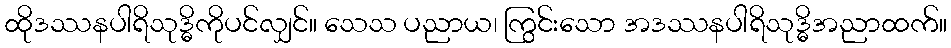
ထိုဒဿနပါရိသုဒ္ဓိကိုပင်လျှင်။ သေသ ပညာယ၊ ကြွင်းသော အဒဿနပါရိသုဒ္ဓိအညာထက်။